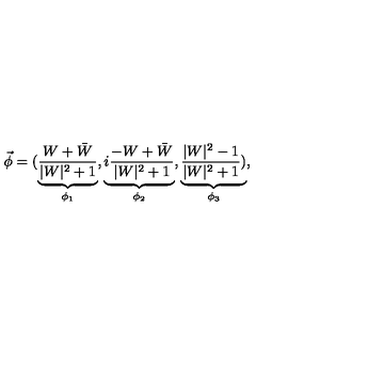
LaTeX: \vec { \phi } = ( \underbrace { \frac { W + \bar { W } } { | W | ^ { 2 } + 1 } } _ { \phi _ { 1 } } , \underbrace { i \frac { - W + \bar { W } } { | W | ^ { 2 } + 1 } } _ { \phi _ { 2 } } , \underbrace { \frac { | W | ^ { 2 } - 1 } { | W | ^ { 2 } + 1 } ) } _ { \phi _ { 3 } } ,